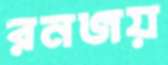
রনজয়